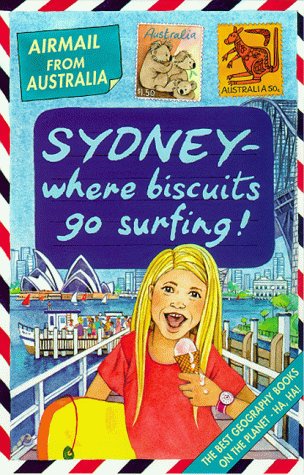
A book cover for Australia: Where Biscuits Go Surfing! (Airmail from...); Michael Cox; Children's Books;